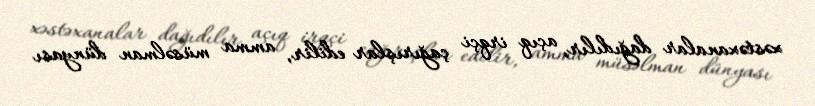
xəstəxanalar dağıdılır, açıq irqçi çağırışlar edilir, amma müsəlman dünyası